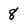
Character: 8